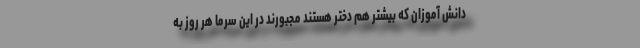
دانش آموزان که بیشتر هم دختر هستند مجبورند در این سرما هر روز به